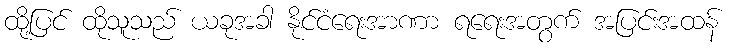
ထို့ပြင် ထိုသူသည် ယခုအခါ နိုင်ငံရေးအာဏာ ရရေးအတွက် အပြင်းအထန်